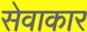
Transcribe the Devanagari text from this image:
सेवाकार